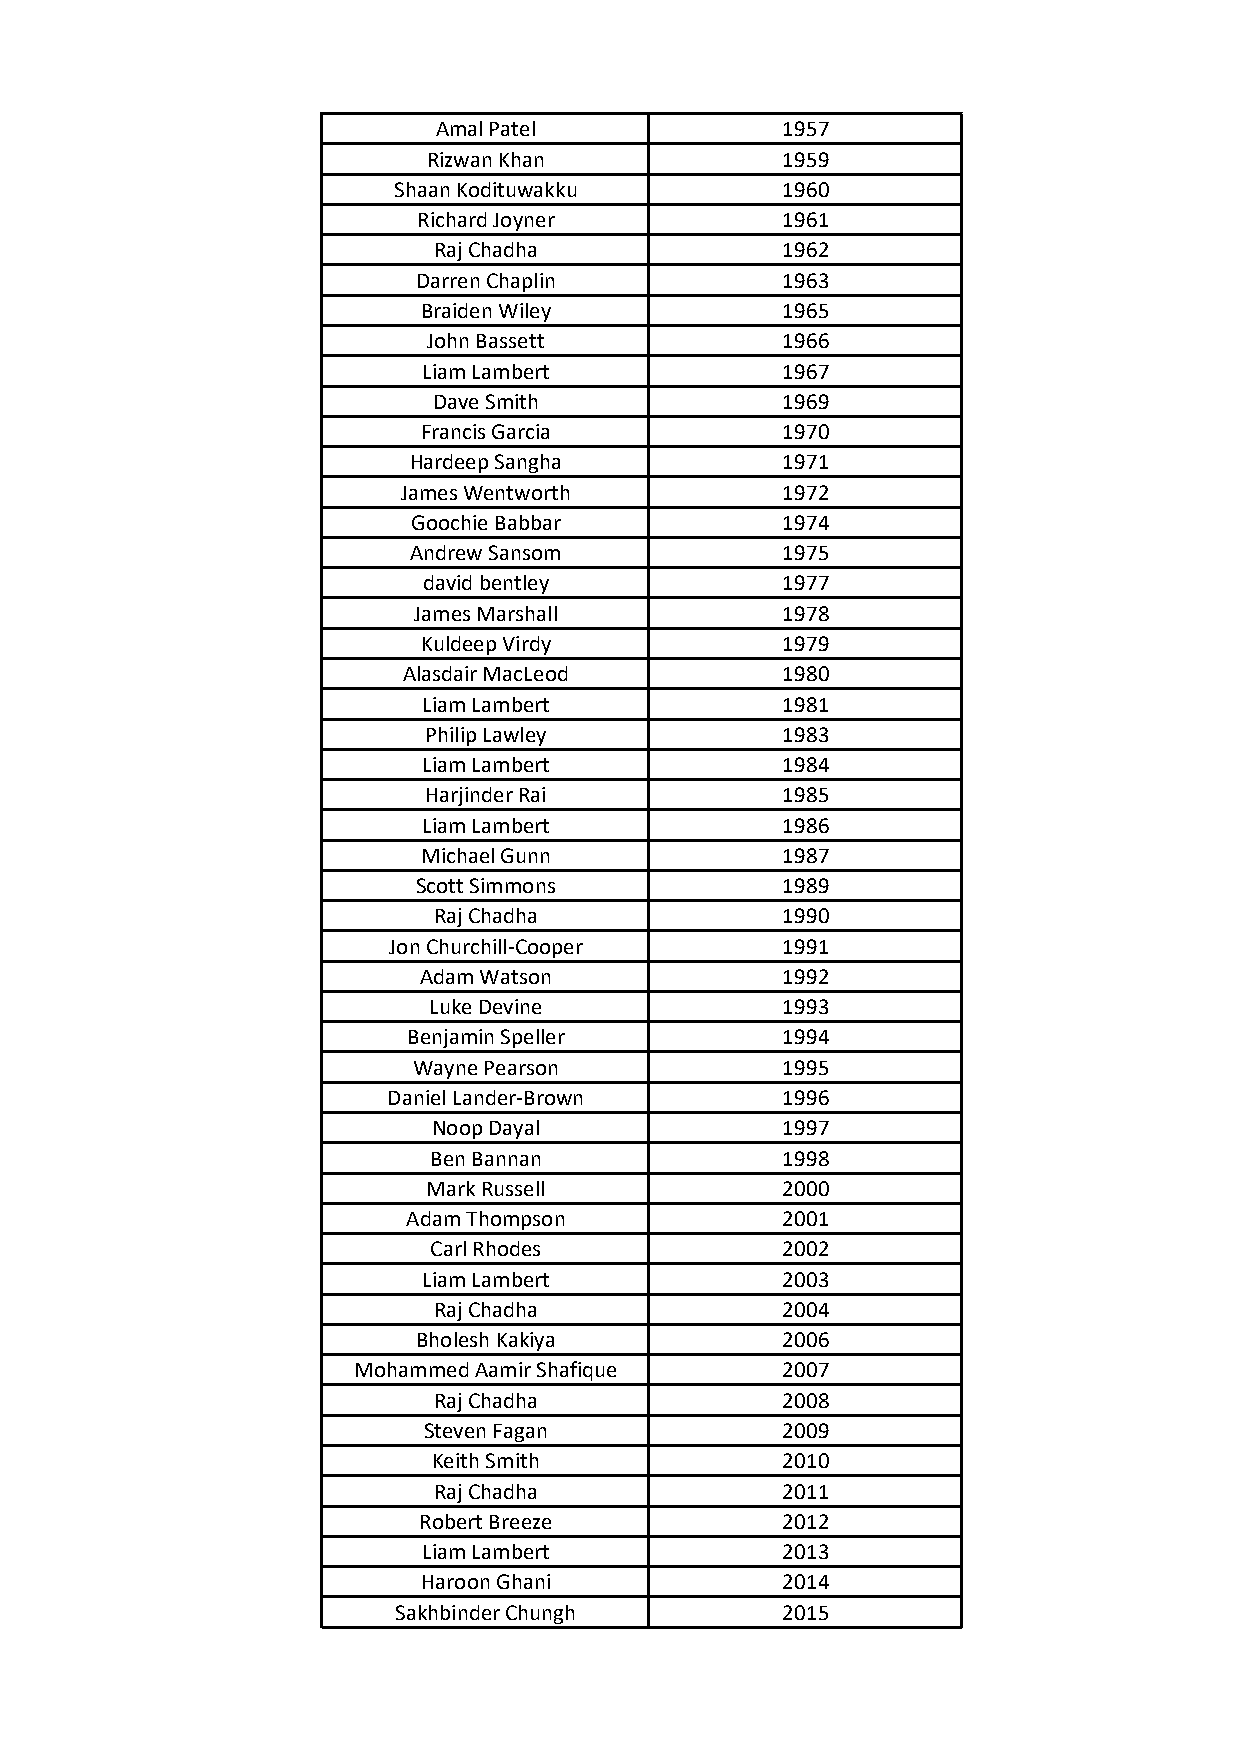
Amal Patel             1957
 Rizwan Khan             1959
 Shaan Kodituwakku         1960
 Richard Joyner          1961
 Raj Chadha             1962
 Darren Chaplin          1963
 Braiden Wiley           1965
 John Bassett            1966
 Liam Lambert            1967
 Dave Smith             1969
 Francis Garcia          1970
 Hardeep Sangha           1971
 James Wentworth          1972
 Goochie Babbar           1974
 Andrew Sansom            1975
 david bentley           1977
 James Marshall           1978
 Kuldeep Virdy           1979
 Alasdair MacLeod         1980
 Liam Lambert            1981
 Philip Lawley           1983
 Liam Lambert            1984
 Harjinder Rai           1985
 Liam Lambert            1986
 Michael Gunn            1987
 Scott Simmons           1989
 Raj Chadha             1990
 Jon Churchill-Cooper      1991
 Adam Watson             1992
 Luke Devine             1993
 Benjamin Speller         1994
 Wayne Pearson            1995
 Daniel Lander-Brown       1996
 Noop Dayal             1997
 Ben Bannan              1998
 Mark Russell            2000
 Adam Thompson            2001
 Carl Rhodes             2002
 Liam Lambert            2003
 Raj Chadha             2004
 Bholesh Kakiya          2006
 Mohammed Aamir Shafique      2007
 Raj Chadha             2008
 Steven Fagan            2009
 Keith Smith            2010
 Raj Chadha             2011
 Robert Breeze           2012
 Liam Lambert            2013
 Haroon Ghani            2014
 Sakhbinder Chungh         2015